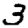
Digit: 3